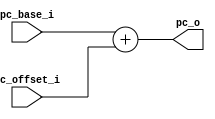
module Adder(
    pc_base_i,
    pc_offset_i,
    pc_o
);

input [31:0] pc_base_i;
input [31:0] pc_offset_i;
output [31:0] pc_o;

assign pc_o = pc_base_i + pc_offset_i;

endmodule